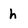
Character: h